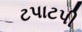
ટપાટપી